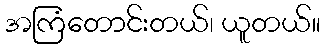
အကြံတောင်းတယ်၊ ယူတယ်။